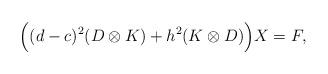
LaTeX: \begin{align*} \Big((d-c)^2(D\otimes K)+h^2(K\otimes D)\Big)X=F,\end{align*}